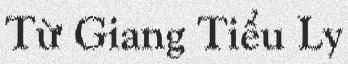
Từ Giang Tiểu Ly